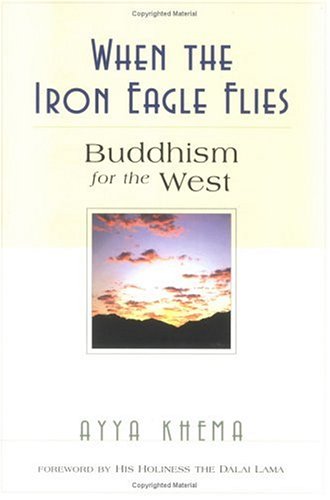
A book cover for When the Iron Eagle Flies: Buddhism for the West; Ayya Khema; Religion & Spirituality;